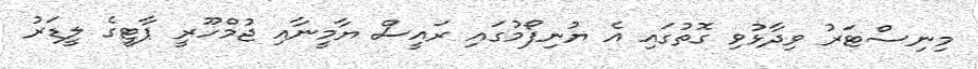
މިނިސްޓަރު ވިދާޅުވި ގޮތުގައި އެ ޔުނިފޯމުގައި ރައީސް ޔާމީނާއި ޖުމްހޫރީ ޕާޓީގެ ލީޑަރު